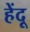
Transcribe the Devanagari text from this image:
हेंदू